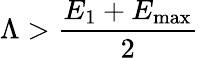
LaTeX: \Lambda>\frac{E_{1}+E_{\mathrm{max}}}{2}